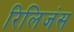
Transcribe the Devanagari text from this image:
रिलिजंस